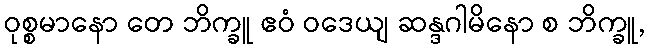
ဝုစ္စမာနော တေ ဘိက္ခူ ဧဝံ ဝဒေယျ ဆန္ဒဂါမိနော စ ဘိက္ခူ,